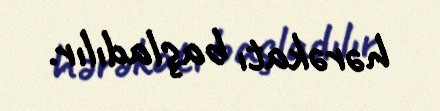
hərəkatı başladılır.